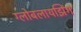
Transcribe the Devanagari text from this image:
ग्लोबलायझिंग